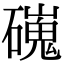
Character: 䃬